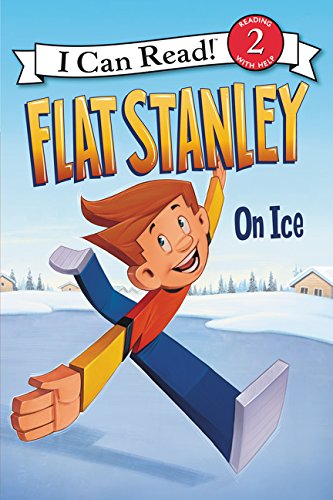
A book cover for Flat Stanley: On Ice (I Can Read Level 2); Jeff Brown; Children's Books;